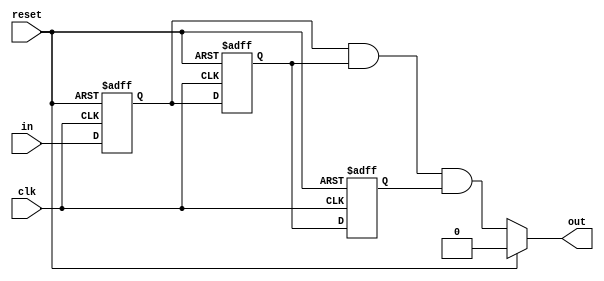
`timescale 1ns / 1ps

module DeBouncer(input clk, reset, in, output out);
    reg q1,q2,q3;
    always@(posedge clk, posedge reset) begin
        if(reset == 1'b1) begin
            q1 <= 0;
            q2 <= 0;
            q3 <= 0;
        end
        else begin
            q1 <= in;
            q2 <= q1;
            q3 <= q2;
        end
    end
    assign out = (reset) ? 0 : q1 & q2 & q3;
endmodule